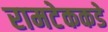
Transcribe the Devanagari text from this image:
रामटेककडे